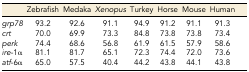
<table><thead><tr><td></td><td><b>Zebrafish</b></td><td><b>Medaka</b></td><td><b><i>Xenopus</i></b></td><td><b>Turkey</b></td><td><b>Horse</b></td><td><b>Mouse</b></td><td><b>Human</b></td></tr></thead><tbody><tr><td><i>grp78</i></td><td>93.2</td><td>92.6</td><td>91.1</td><td>94.9</td><td>91.2</td><td>91.1</td><td>91.3</td></tr><tr><td><i>crt</i></td><td>70.0</td><td>69.9</td><td>73.3</td><td>84.8</td><td>73.8</td><td>73.8</td><td>73.4</td></tr><tr><td><i>perk</i></td><td>74.4</td><td>68.6</td><td>56.8</td><td>61.9</td><td>61.5</td><td>57.9</td><td>58.6</td></tr><tr><td><i>ire</i>-1α</td><td>81.1</td><td>81.7</td><td>65.1</td><td>72.3</td><td>74.4</td><td>72.0</td><td>73.6</td></tr><tr><td><i>atf</i>-6α</td><td>65.0</td><td>57.5</td><td>40.4</td><td>44.2</td><td>43.8</td><td>44.1</td><td>43.8</td></tr></tbody></table>